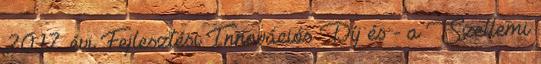
2017. évi Fejlesztési Innovációs Díj és - a Szellemi